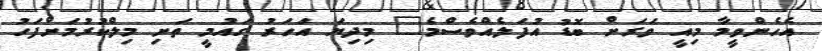
އެހެންވީމާ މިއީ ވަރަށް ބޮޑު އުފަލެއްވެސްމެ" މިދިޔަ އަހަރު ގައުމީ ތަށި މިލްކުރުމަށްފަހު